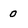
Character: 0